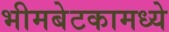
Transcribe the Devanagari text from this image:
भीमबेटकामध्ये